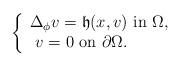
LaTeX: \begin{align*}\left\{\begin{array}{l} \Delta_\phi v=\mathfrak{h}(x,v) \ \mbox{in}\ \Omega,\\~v=0 \ \mbox{on}\ \partial\Omega.\end{array}\right.\end{align*}